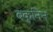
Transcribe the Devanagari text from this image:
बकुनिन